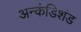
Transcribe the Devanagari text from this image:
अन्कंडिशंड